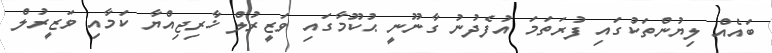
ބައެއް ލިޔުންތަކުގައި ފުރަތަމަ އުފެދުނު ގާނޫނީ ޙުކޫމާގައި ވަޒީރުލް ޚާރިޖިއްޔާ ކަމާއި ވަޒީރުލް